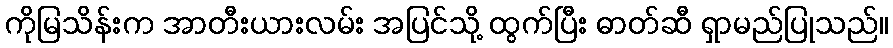
ကိုမြသိန်းက အာတီးယားလမ်း အပြင်သို့ ထွက်ပြီး ဓာတ်ဆီ ရှာမည်ပြုသည်။